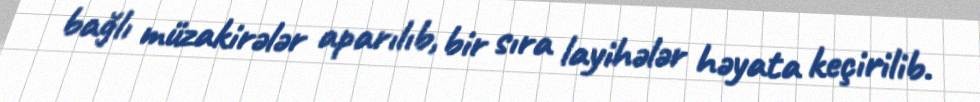
bağlı müzakirələr aparılıb, bir sıra layihələr həyata keçirilib.